Vaccination United Provinces of Agra and Oudh 1923-1928 - 1923-1928
Year: 1923
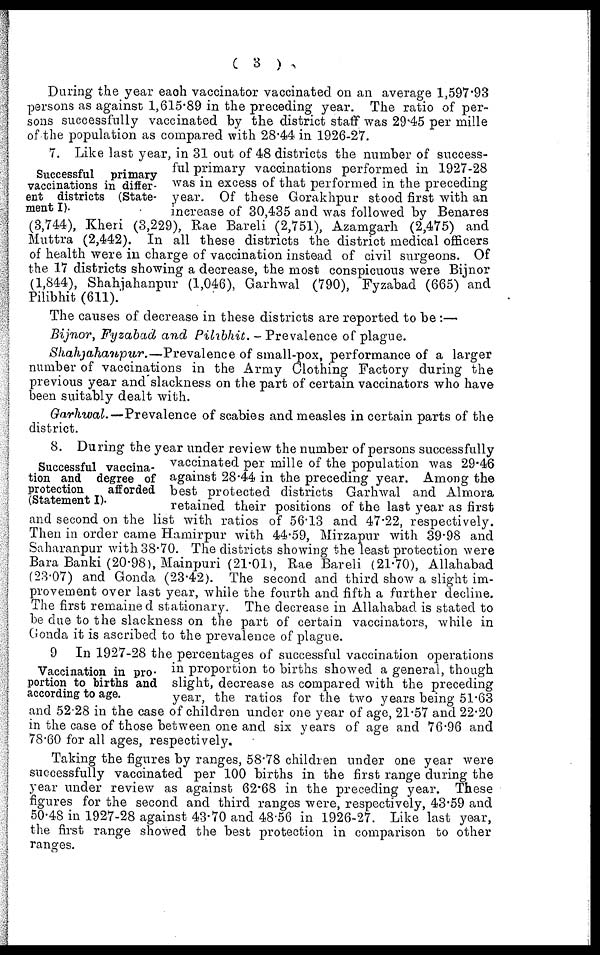
( 3 )
During the year each vaccinator vaccinated on an average 1,597.93
persons as against 1,615.89 in the preceding year. The ratio of per-
sons successfully vaccinated by the district staff was 29.45 per mille
of the population as compared with 28.44 in 1926-27.
Successful primary
vaccinations in differ-
ent districts (State-
ment I).
7. Like last year, in 31 out of 48 districts the number of success-
ful primary vaccinations performed in 1927-28
was in excess of that performed in the preceding
year. Of these Gorakhpur stood first with an
increase of 30,435 and was followed by Benares
(3,744), Kheri (3,229), Rae Bareli (2,751), Azamgarh (2,475) and
Muttra (2,442). In all these districts the district medical officers
of health were in charge of vaccination instead of civil surgeons. Of
the 17 districts showing a decrease, the most conspicuous were Bijnor
(1,844), Shahjahanpur (1,046), Garhwal (790), Fyzabad (665) and
Pilibhit (611).
The causes of decrease in these districts are reported to be :—
Bijnor, Fyzabad and Pilibhit. -Prevalence of plague.
Shahjahanpur.—Prevalence
of small-pox, performance of a larger
number of vaccinations in the Army Clothing Factory during the
previous year and slackness on the part of certain vaccinators who have
been suitably dealt with.
Garhwal.—Prevalence
of scabies and measles in certain parts of the
district.
Successful vaccina-
tion and degree of
protection
afforded
(Statement I).
8. During the year under review the number of persons successfully
vaccinated per mille of the population was 29.46
against 28.44 in the preceding year. Among the
best protected districts Garhwal and Almora
retained their positions of the last year as first
and second on the list with ratios of 56.13 and 47.22, respectively.
Then in order came Hamirpur with 44.59, Mirzapur with 39.98 and
Saharanpur with 38.70. The districts showing the least protection were
Bara Banki (20.98), Mainpuri (21.01), Rae Bareli (21.70), Allahabad
(23.07) and Gonda (23.42). The second and third show a slight im-
provement over last year, while the fourth and fifth a further decline.
The first remained stationary. The decrease in Allahabad is stated to
be due to the slackness on the part of certain vaccinators, while in
Gonda it is ascribed to the prevalence of plague.
Vaccination in pro-
portion to births and
according to age.
9 In 1927-28 the percentages of successful vaccination operations
in proportion to births showed a general, though
slight, decrease as compared with the preceding
year, the ratios for the two years being 51.63
and 52.28 in the case of children under one year of age, 21.57 and 22.20
in the case of those between one and six years of age and 76.96 and
78.60 for all ages, respectively.
Taking the figures by ranges, 58.78 children under one year were
successfully vaccinated per 100 births in the first range during the
year under review as against 62.68 in the preceding year. These
figures for the second and third ranges were, respectively, 43.59 and
50.48 in 1927-28 against 43.70 and 48.56 in 1926-27. Like last year,
the first range showed the best protection in comparison to other
ranges.